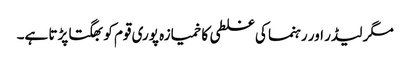
مگر لیڈر اور رہنما کی غلطی کا خمیازہ پوری قوم کو بھگتا پڑتا ہے۔